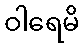
ဝါရေမိ